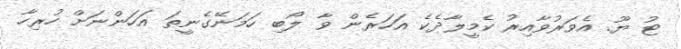
ޓު ޔޫ. އެވަރުވާއިރު ކެމީލާދެކެ އަހަރެން ވާ ލޯބި ހަމަނޭގެނީތަ އަހަންނަށް ހުރިހާ